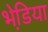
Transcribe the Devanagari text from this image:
भेडि़या